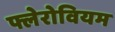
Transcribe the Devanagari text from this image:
फ्लेरोवियम